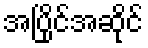
အပြိုင်အဆိုင်